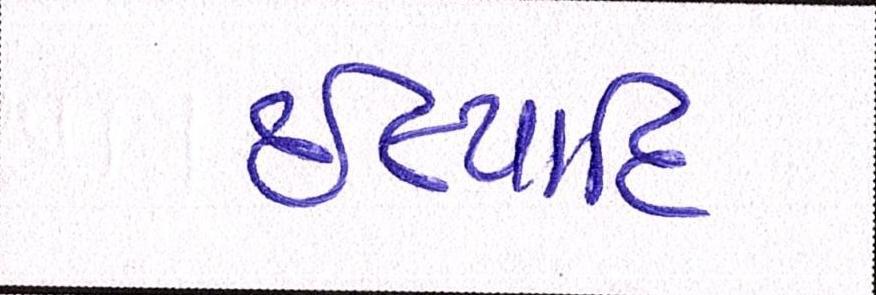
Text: ઈત્યાદિ